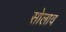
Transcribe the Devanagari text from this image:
सोलाव